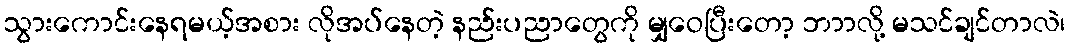
သွားကောင်းနေရမယ့်အစား လိုအပ်နေတဲ့ နည်းပညာတွေကို မျှဝေပြီးတော့ ဘာာလို့ မသင်ချင်တာလဲ၊